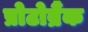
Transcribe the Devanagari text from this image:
प्रोटोब्रैंक